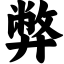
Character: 弊